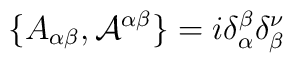
\{A_{\alpha\beta}, {\cal{A}}^{\alpha\beta}\} =i\delta_\alpha^\beta \delta_\beta^\nu